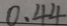
0 . 4 4